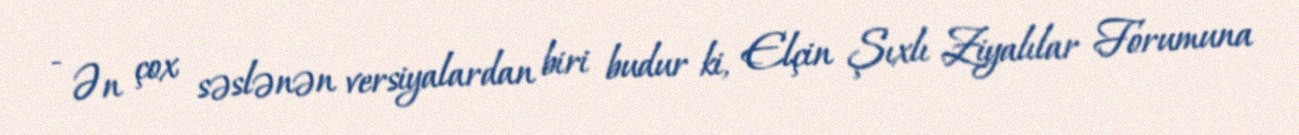
- Ən çox səslənən versiyalardan biri budur ki, Elçin Şıxlı Ziyalılar Forumuna